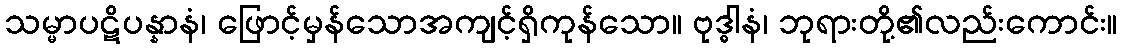
သမ္မာပဋိပန္နာနံ၊ ဖြောင့်မှန်သောအကျင့်ရှိကုန်သော။ ဗုဒ္ဓါနံ၊ ဘုရားတို့၏လည်းကောင်း။